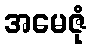
အမေဇုံ